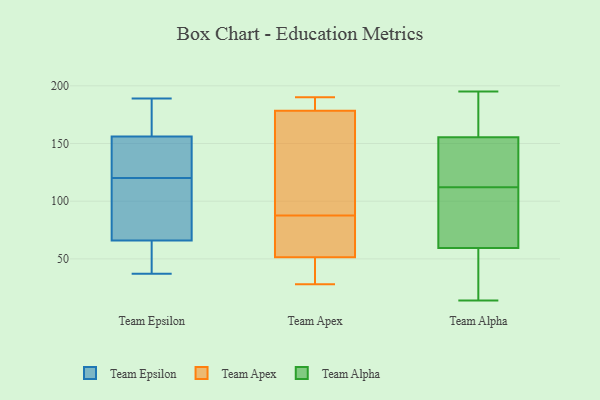
{"axis": {"x": "Operating Costs (USD K)", "y": "Value"}, "legend": ["Team Alpha", "Team Apex", "Team Epsilon"], "data": [{"x": "", "y": 44, "type": "Team Epsilon"}, {"x": "", "y": 112, "type": "Team Epsilon"}, {"x": "", "y": 158, "type": "Team Epsilon"}, {"x": "", "y": 37, "type": "Team Epsilon"}, {"x": "", "y": 189, "type": "Team Epsilon"}, {"x": "", "y": 63, "type": "Team Epsilon"}, {"x": "", "y": 128, "type": "Team Epsilon"}, {"x": "", "y": 173, "type": "Team Epsilon"}, {"x": "", "y": 69, "type": "Team Epsilon"}, {"x": "", "y": 137, "type": "Team Epsilon"}, {"x": "", "y": 154, "type": "Team Epsilon"}, {"x": "", "y": 91, "type": "Team Epsilon"}, {"x": "", "y": 190, "type": "Team Apex"}, {"x": "", "y": 76, "type": "Team Apex"}, {"x": "", "y": 96, "type": "Team Apex"}, {"x": "", "y": 190, "type": "Team Apex"}, {"x": "", "y": 35, "type": "Team Apex"}, {"x": "", "y": 170, "type": "Team Apex"}, {"x": "", "y": 79, "type": "Team Apex"}, {"x": "", "y": 187, "type": "Team Apex"}, {"x": "", "y": 166, "type": "Team Apex"}, {"x": "", "y": 58, "type": "Team Apex"}, {"x": "", "y": 45, "type": "Team Apex"}, {"x": "", "y": 28, "type": "Team Apex"}, {"x": "", "y": 14, "type": "Team Alpha"}, {"x": "", "y": 37, "type": "Team Alpha"}, {"x": "", "y": 23, "type": "Team Alpha"}, {"x": "", "y": 60, "type": "Team Alpha"}, {"x": "", "y": 77, "type": "Team Alpha"}, {"x": "", "y": 93, "type": "Team Alpha"}, {"x": "", "y": 187, "type": "Team Alpha"}, {"x": "", "y": 150, "type": "Team Alpha"}, {"x": "", "y": 132, "type": "Team Alpha"}, {"x": "", "y": 59, "type": "Team Alpha"}, {"x": "", "y": 195, "type": "Team Alpha"}, {"x": "", "y": 161, "type": "Team Alpha"}, {"x": "", "y": 130, "type": "Team Alpha"}, {"x": "", "y": 174, "type": "Team Alpha"}, {"x": "", "y": 88, "type": "Team Alpha"}, {"x": "", "y": 112, "type": "Team Alpha"}, {"x": "", "y": 112, "type": "Team Alpha"}, {"x": "", "y": 183, "type": "Team Alpha"}, {"x": "", "y": 137, "type": "Team Alpha"}, {"x": "", "y": 33, "type": "Team Alpha"}]}